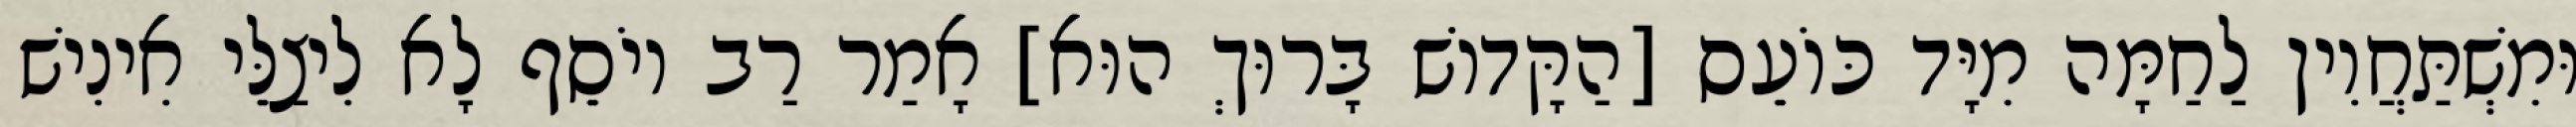
וּמִשְׁתַּחֲוִין לַחַמָּה מִיָּד כּוֹעֵס [הַקָּדוֹשׁ בָּרוּךְ הוּא] אָמַר רַב יוֹסֵף לָא לִיצַלֵּי אִינִישׁ